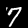
Label: 7